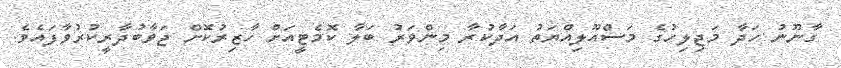
ގާނޫނު ހަދާ މަޖިލިހުގެ މަސްއޫލިއްޔަތު އަދާކުރާ މިންވަރު ބަލާ ކޮމެޓީއަށް ހާޒިރުކޮށް ޖަވާބުދާރީކުރުވާފައެވެ.